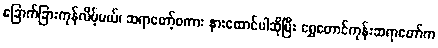
ခြောက်ခြားကုန်လိမ့်မယ်၊ ဆရာတော့်စကား နားထောင်ပါဆိုပြီး ရွှေတောင်ကုန်းဆရာတော်က